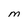
Character: m